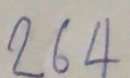
บน